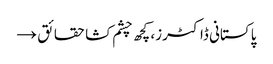
پاکستانی ڈاکٹرز، کچھ چشم کشا حقائق →